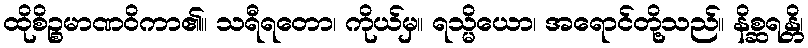
ထိုစိဉ္စမာဏဝိကာ၏။ သရီရတော၊ ကိုယ်မှ။ ရသ္မိယော၊ အရောင်တို့သည်။ နိစ္ဆရန္တိ၊